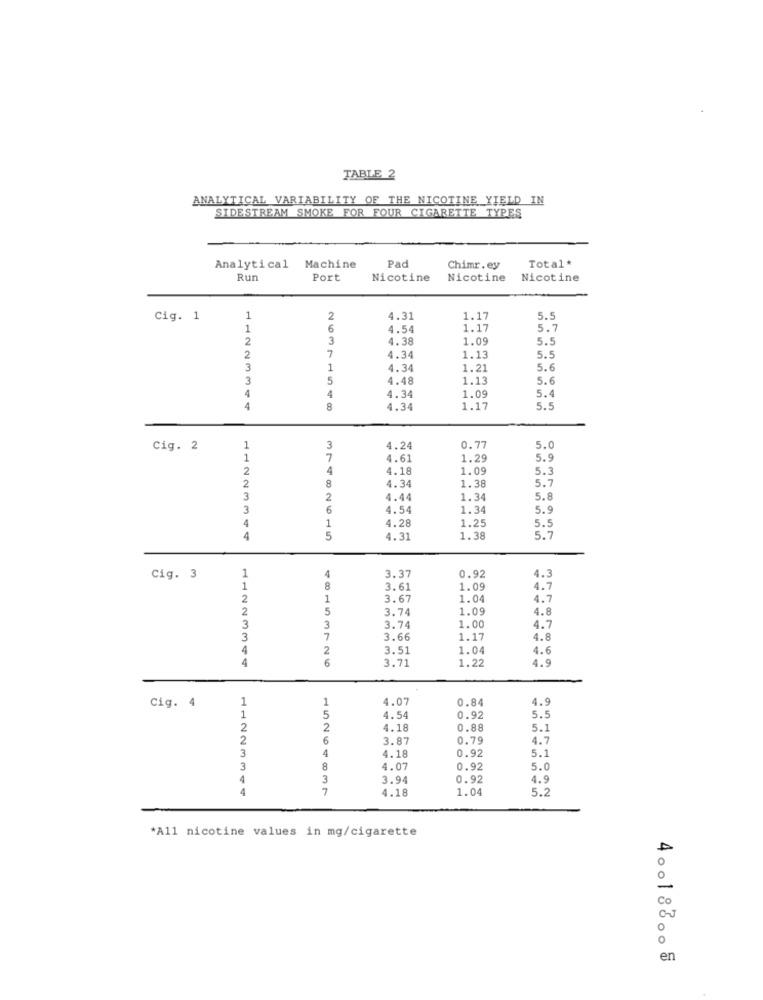
TABLE 2
ANALYTICAL VARIABILITY OF THE NICOTINE YIELD IN
SIDESTREAM SMOKE FOR FOUR CIGARETTE TYPES
Total*
Analytical
Machine
Pad
Chimr. ey
Run
Port
Nicotine
Nicotine
Nicotine
Cig. 1
1
2
4.31
1.17
5.5
1
6
4.54
1.17
5.7
2
3
4.38
1.09
5.5
2
7
4.34
1.13
5.5
3
1
4.34
1.21
5.6
3
5
4.48
1.13
5.6
4
4
4.34
1.09
5.4
4
4.34
1.17
5.5
Cig. 2
1
3
4.24
0.77
5.0
1
7
4.61
1.29
5.9
2
4
4.18
1.09
5.3
4.34
1.38
5.7
2
8
3
2
4.44
1.34
5.8
3
6
4.54
1.34
5.9
1
4
4.28
1.25
5.5
4
5
4.31
1.38
5.7
4
3. 37
0.92
Cig. 3
8
3.61
1.09
4.7
2
1
3.67
1.04
4.7
2
5
3.74
1.09
4.8
3
3
3.74
1.00
4.7
3
7
3.66
1.17
4.8
4
2
3.51
1.04
4.6
4
6
3.71
1.22
4.9
1
1
4.07
0.84
4.9
Cig. 4
1
5
4.54
0.92
5.5
2
2
4.18
0.88
5.1
2
6
3.87
0.79
4.7
4
4.18
3
0.92
5.1
3
8
4.07
0.92
5.0
4
3
3.94
0.92
4.9
4
7
4.18
1.04
5.2
*All nicotine values in mg/cigarette
400183 .. 5